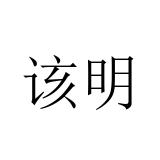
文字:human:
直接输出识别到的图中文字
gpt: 该明